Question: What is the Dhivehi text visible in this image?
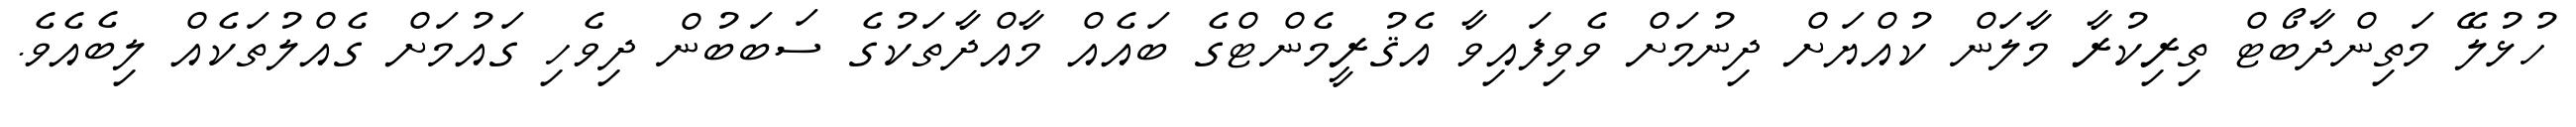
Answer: ހުޅުލޭ މަތިންދާބޯޓް ތިރިކުރާ މާލަން ކުއްޔަށް ދިނުމަށް ވެވިފައިވާ އެޤުރީމެންޓްގެ ބައެއް މާއްދާތަކުގެ ސަބަބުން ދިވެހި ގައުމަށް ގެއްލުތަކެއް ލިބެއެވެ.